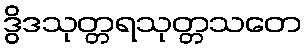
ဒွိဒသုတ္တရသုတ္တသတေ